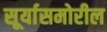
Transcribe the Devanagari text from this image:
सूर्यासमोरील